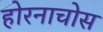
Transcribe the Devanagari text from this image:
होरनाचोस